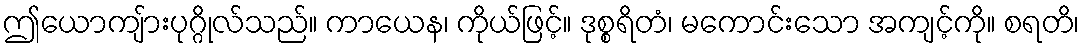
ဤယောကျ်ားပုဂ္ဂိုလ်သည်။ ကာယေန၊ ကိုယ်ဖြင့်။ ဒုစ္စရိတံ၊ မကောင်းသော အကျင့်ကို။ စရတိ၊